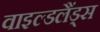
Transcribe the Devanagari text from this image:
वाइल्डलैंड्स